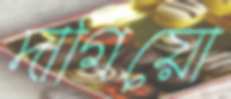
দাগিয়ো